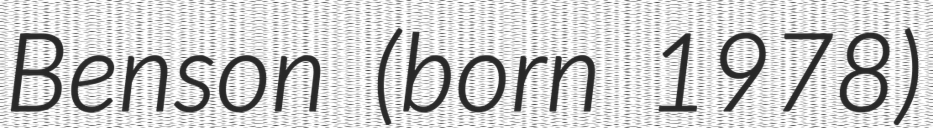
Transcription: Benson (born 1978)